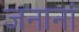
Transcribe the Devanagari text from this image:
जनानां